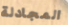
المجادلة